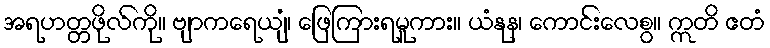
အရဟတ္တဖိုလ်ကို။ ဗျာကရေယျံ၊ ဖြေကြားရမူကား။ ယံနုန၊ ကောင်းလေစွ။ ဣတိ ဧတံ